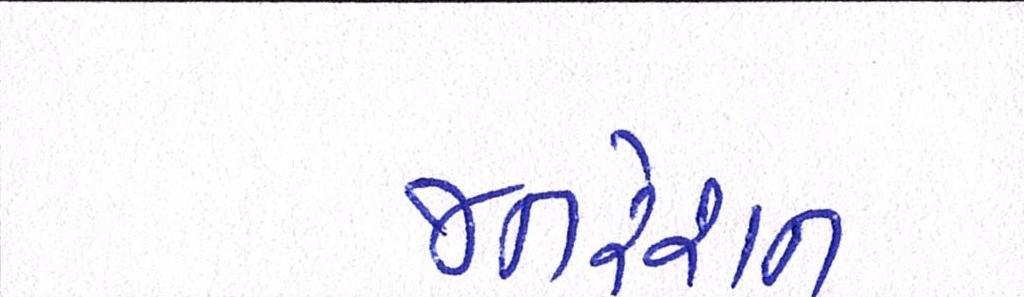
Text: જનરેશન